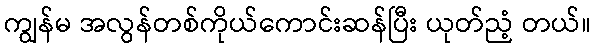
ကျွန်မ အလွန်တစ်ကိုယ်ကောင်းဆန်ပြီး ယုတ်ညံ့ တယ်။